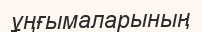
ұңғымаларының